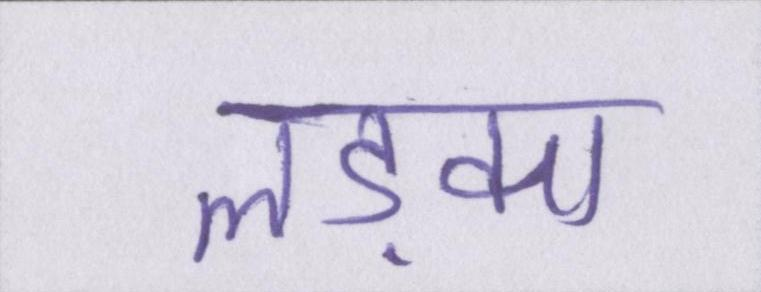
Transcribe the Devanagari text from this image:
लड़का